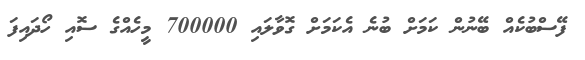
ފޭސްބުކެއް ބޭނުން ކަމަށް ބުނެ އެކަމަށް ގޮވާލައި 700000 މީހެއްގެ ސޮއި ހޯދައިފަ